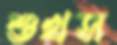
শুখস